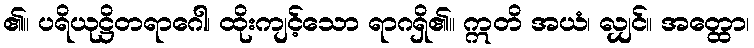
၏။ ပရိယုဋ္ဌိတရာဂေါ၊ ထိုးကျင့်သော ရာဂရှိ၏။ ဣတိ အယံ၊ လျှင်။ အတ္ထော၊